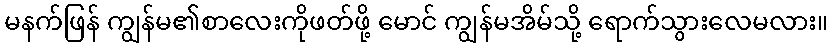
မနက်ဖြန် ကျွန်မ၏စာလေးကိုဖတ်ဖို့ မောင် ကျွန်မအိမ်သို့ ရောက်သွားလေမလား။